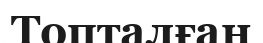
Топталған